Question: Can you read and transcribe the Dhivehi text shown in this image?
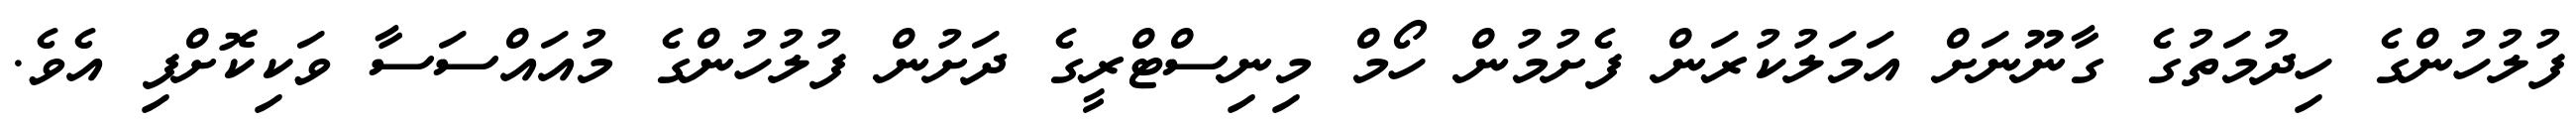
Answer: ފުލުހުންގެ ހިދުމަތުގެ ގާނޫނަށް އަމަލުކުރަން ފެށުމުން ހޯމް މިނިސްޓްރީގެ ދަށުން ފުލުހުންގެ މުއައްސަސާ ވަކިކޮށްފި އެވެ.